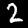
Label: 2